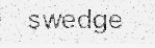
swedge